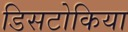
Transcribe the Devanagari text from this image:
डिसटोकिया